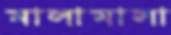
মালামালা